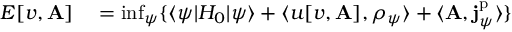
\begin{array} { r l } { E [ v , \mathbf { A } ] } & { { } = \operatorname* { i n f } _ { \psi } \{ \langle \psi | H _ { 0 } | \psi \rangle + \langle u [ v , \mathbf { A } ] , \rho _ { \psi } \rangle + \langle \mathbf { A } , \mathbf { j } _ { \psi } ^ { \mathrm { p } } \rangle \} } \end{array}